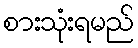
စားသုံးရမည်